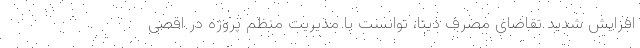
افزایش شدید تقاضای مصرف دیتا، توانست با مدیریت منظم پروژه در اقصی